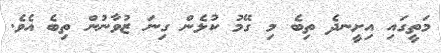
މަތީގައި އިށީނދެ ތިބެ މި ގޭމު ކުޅެން ގިނަ ޒުވާނުން ތިބެ އެވެ.